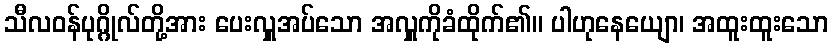
သီလဝန်ပုဂ္ဂိုလ်တို့အား ပေးလှူအပ်သော အလှူကိုခံထိုက်၏။ ပါဟုနေယျော၊ အထူးထူးသော